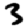
Digit: 3